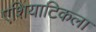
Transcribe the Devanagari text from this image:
एशियाटिकला